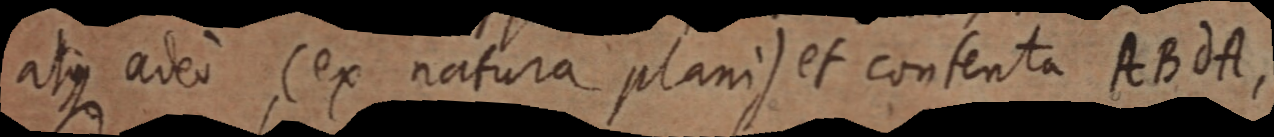
atque adeo (ex natura plani) et contenta ABdA,